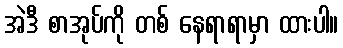
အဲဒီ စာအုပ်ကို တစ် နေရာရာမှာ ထားပါ။